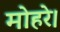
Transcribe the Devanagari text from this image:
मोहरे।